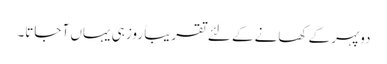
دوپہر کے کھانے کے لئے تقریباً روز ہی یہاں آ جاتا۔